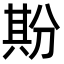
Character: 𠔡